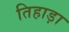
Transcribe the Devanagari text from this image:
तिहाड़ा